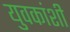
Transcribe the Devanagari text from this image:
युवकांशी